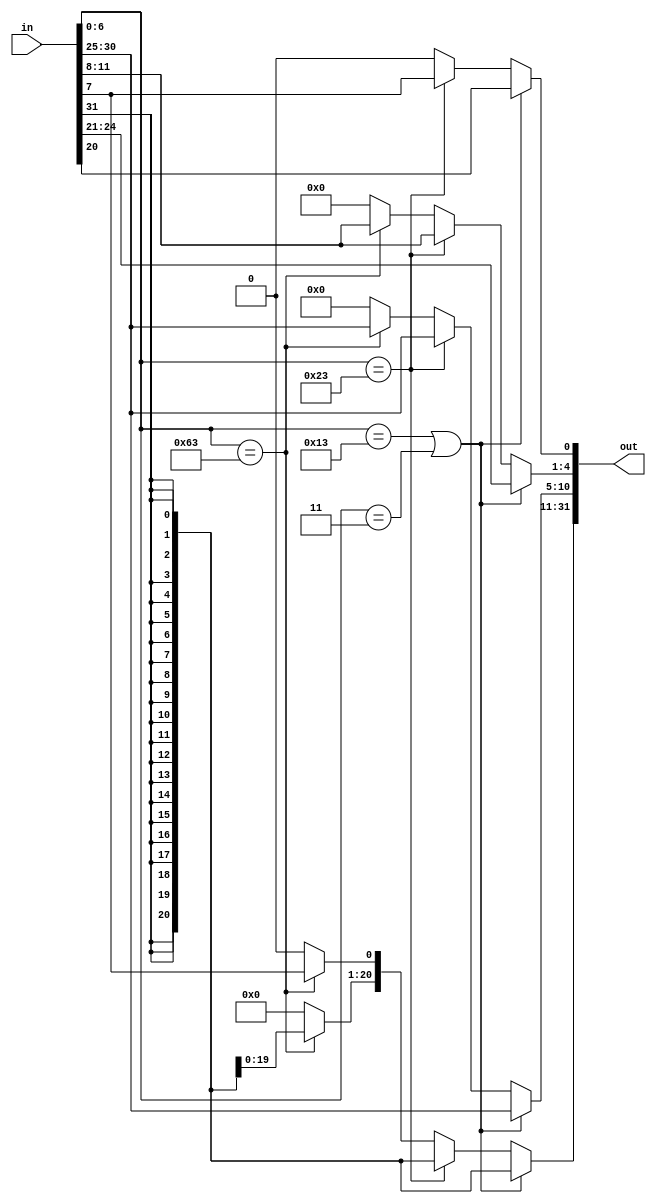
`timescale 1ns / 1ps
//////////////////////////////////////////////////////////////////////////////////
// Company: 
// Engineer: 
// 
// Design Name: 
// Module Name: imm_gen
// Project Name: 
// Target Devices: 
// Tool Versions: 
// Description: 
// 
// Dependencies: 
// 
// Revision:
// Revision 0.01 - File Created
// Additional Comments:
// 
//////////////////////////////////////////////////////////////////////////////////

// trebuie sa generez out in functie de in
// verific opcode-ul inputului(pentru a vedea de ce tip este)
// apoi in functie de upcode, "construiesc" outputul --> pun bitii
// in ordinea din document

module imm_gen(in, out);
    input [31:0] in;
    output reg [31:0] out;
    
    // LW
    // type I
    always @(in)
    begin

        // addi, andi, ori, xori, slti, sltiu, srli, srai, slli || LW
        // compun tipul I 
        if ((in[6:0] == 7'b0010011) || (in[6:0] == 7'b0000011))
        begin
            out[0] = in[20];
            out[4:1] = in[24:21];
            out[10:5] = in[30:25];   
            out[31:11] = {21{in[31]}};
        end
        // sw
        // compun tipul S
        else if (in[6:0] == 7'b0100011)
        begin
            out[0] = in[7];
            out[4:1] = in[11:8];
            out[10:5] = in[30:25];
            out[31:11] = {21{in[31]}};
        end
        // beq, bne, blt, bge, bltu, bgeu
        // compun tipul B
        else if (in[6:0] == 7'b1100011)
        begin
            out[0] = 0;
            out[4:1] = in[11:8];
            out[10:5] = in[30:25];
            out[11] = in[7];
            out[31:12] = {20{in[31]}};
        end
        else 
            out = 0;
    end

endmodule